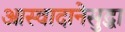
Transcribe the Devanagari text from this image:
आस्वादानेसुद्धा